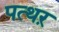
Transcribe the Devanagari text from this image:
पत्थऱ